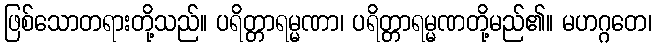
ဖြစ်သောတရားတို့သည်။ ပရိတ္တာရမ္မဏာ၊ ပရိတ္တာရမ္မဏတို့မည်၏။ မဟဂ္ဂတေ၊